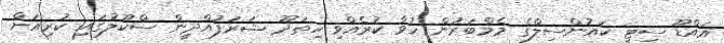
އައްޑޫ ސިޓީ ކައުންސިލްގެ މެމްބަރުން ހުވާ ކުރެއްވި ހިތަދޫ ޝަރަފުއްދީން ސްކޫލުގައި ކުރިއަށް